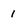
Character: 1